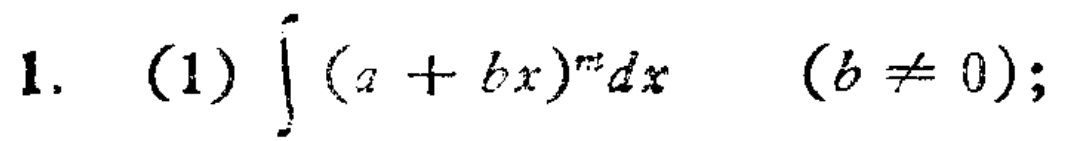
1. (1) \(\int (a + bx)^m dx\) \((b\neq 0)\);